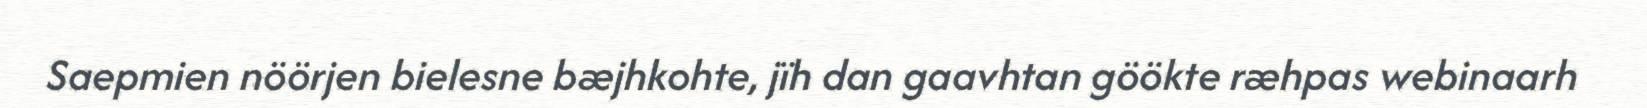
Saepmien nöörjen bielesne bæjhkohte, jïh dan gaavhtan göökte ræhpas webinaarh